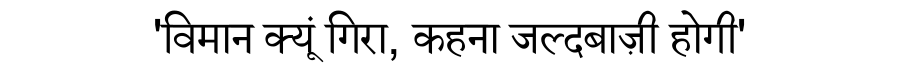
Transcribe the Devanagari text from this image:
'विमान क्यूं गिरा, कहना जल्दबाज़ी होगी'